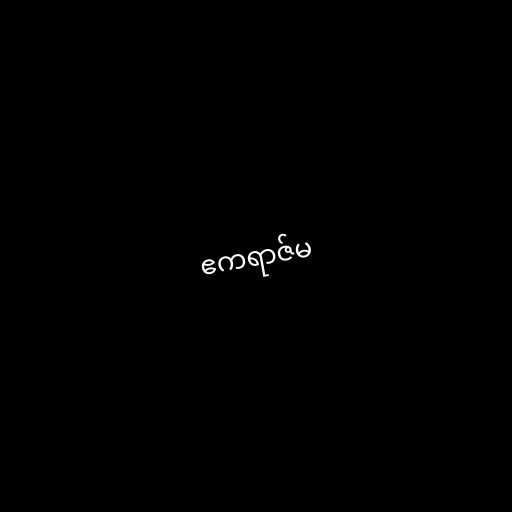
ဧကရာဇ်မ